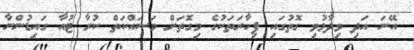
އޭނަ އަދި ވިދާޅުވި ގޮތުގައި ފިހާރަތަކުގެ މިގޮތަށް މަސައްކަތް ކުރާ ޓުއާ ގައިޑުންނާ